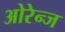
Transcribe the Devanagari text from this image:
ओरेन्ज